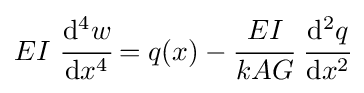
EI~{\cfrac {\mathrm {d} ^{4}w}{\mathrm {d} x^{4}}}=q(x)-{\cfrac {EI}{kAG}}~{\cfrac {\mathrm {d} ^{2}q}{\mathrm {d} x^{2}}}